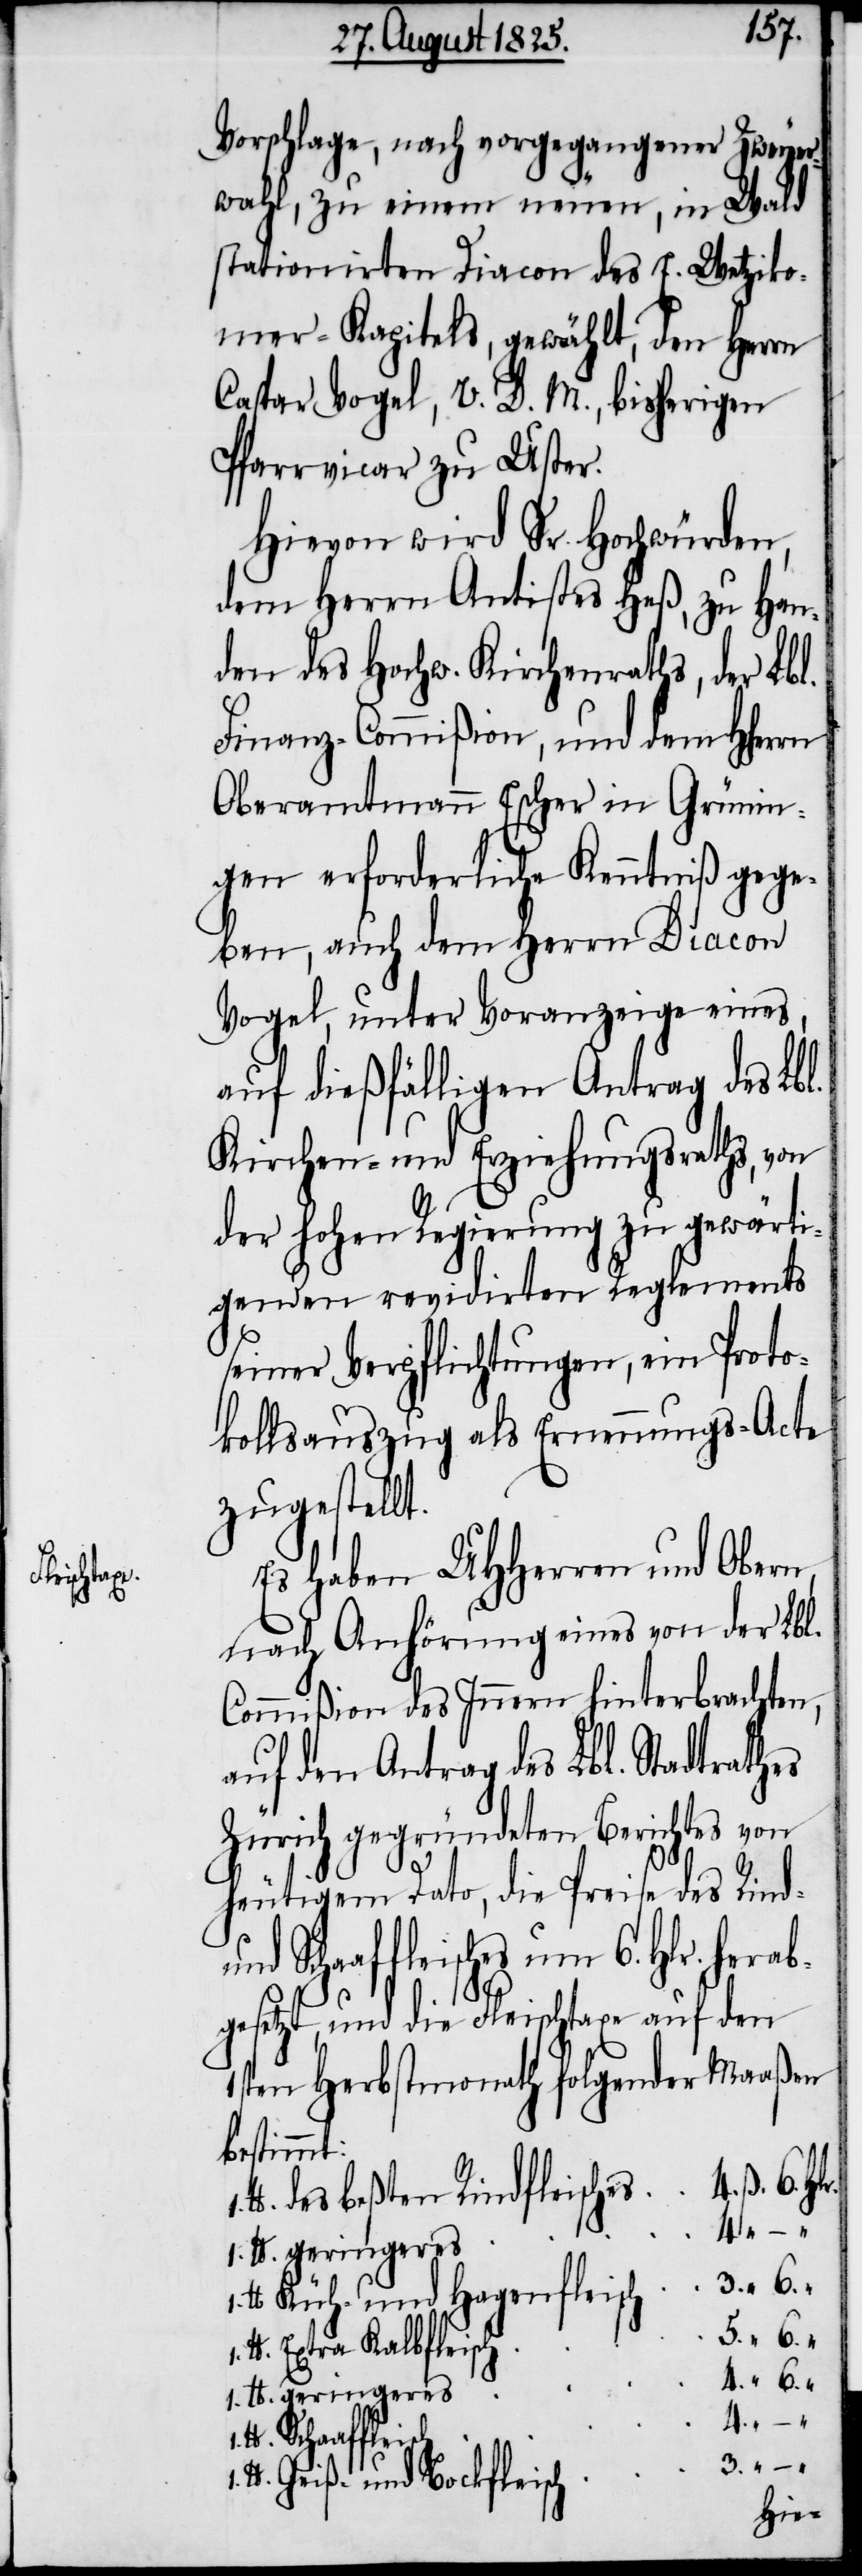
Vorschlage, nach vorgegangener Zweyer¬
wahl, zu einem neuen, in Wald
stationirten Diacon des E. Wetziko¬
ner-Kapitels, gewählt, den Herrn
Caspar Vogel, V. D. M., bisherigen
Pfarrvicar zu Uster.
Hievon wird Sr. Hochwürden,
dem Herrn Antistes Heß, zu Han¬
den des Hochw. Kirchenraths, der Lbl.
Finanz-Commißion, und dem HHerrn
Oberamtmann Escher in Grünin¬
gen erforderliche Kenntniß gege¬
ben, auch dem Herrn Diacon
Vogel, unter Voranzeige eines,
auf dießfälligen Antrag des Lbl.
Kirchen- und Erziehungsraths, von
der hohen Regierung zu gewärti¬
genden revidierten Reglements
seiner Verpflichtungen, ein Proto¬
kollsauszug als Ernennungs-Acte
zugestellt.
Es haben UHHerren und Obern,
nach Anhörung eines von der Lbl.
Commißion des Innern hinterbrachten,
auf den Antrag des Lbl. Stadtrathes
Zürich gegründeten Berichtes von
1.
heutigem Dato, die Preise des Rind-
und Schaffleisches um 6. Hlr. hera¬
bgesetzt, und die Fleischtaxe auf den
1sten Herbstmonath folgender Maaßen
bestimmt:
1. lb.
lb. des beßten Rindfleische¬
lb. Küch- und Hagenfleisc¬
“ 6.
lb. Extra Kalbfleisc¬
h	3. “ – “
lb. Geiße und Bockfleisc¬